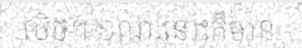
លិច។ ខណៈនោះក៏មាន